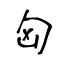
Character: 匈